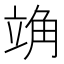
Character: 𫁣